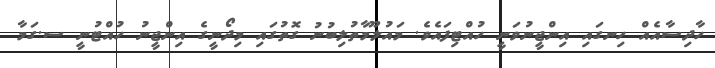
ހާދިސާއެއް ހިނގައި އިންޖީނުވަނީ ހުއްޓިފައެވެ. މައުލޫމާތުލިބުނު ގޮތުގައި މިދޯނީގެ އިންޖީނު ހުއްޓުނީ ސ.ގަމާ